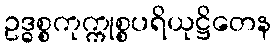
ဥဒ္ဓစ္စကုက္ကုစ္စပရိယုဋ္ဌိတေန